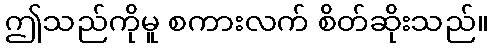
ဤသည်ကိုမူ စကားလက် စိတ်ဆိုးသည်။